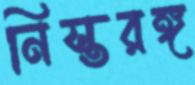
নিস্তরঙ্গ